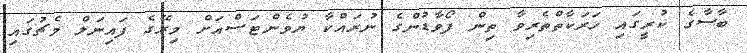
ބާސާގެ ކުރީގައި ހަރަކާތްތެރިވާ ތިން ފޯވާޑުންގެ ނުރައްކާ ޔުވެންޓަސްއަށް މިރޭގެ ފައިނަލް މެޗުގައި